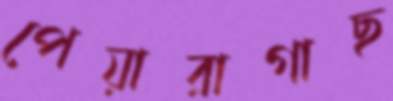
পেয়ারাগাছ